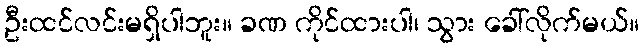
ဦးထင်လင်းမရှိပါဘူး။ ခဏ ကိုင်ထားပါ၊ သွား ခေါ်လိုက်မယ်။